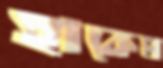
হাকেম